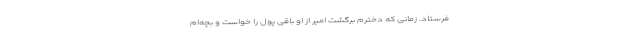
فرستاد. زمانی که دخترم برگشت امیر از او باقی پول را خواست و بچه‌ام